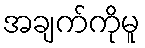
အချက်ကိုမူ